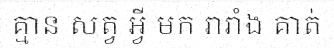
គ្មាន សត្វ អ្វី មក រារាំង គាត់